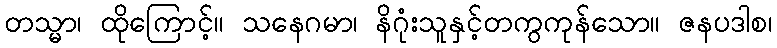
တသ္မာ၊ ထိုကြောင့်။ သနေဂမာ၊ နိဂုံးသူနှင့်တကွကုန်သော။ ဇနပဒါစ၊